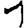
Digit: 1